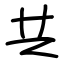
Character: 共